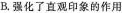
B.强化了直观印象的作用